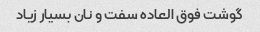
گوشت فوق العاده سفت و نان بسیار زیاد